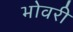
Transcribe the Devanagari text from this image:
भोवरी